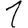
Digit: 1